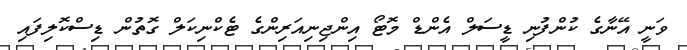
ވަނީ އޭނާގެ ކުންފުނި ޑީސަލް އެންޑް މޮޓޯ އިންޖިނިއަރިންގެ ޓެކްނިކަލް ގޮތުން ޑިސްކޮލިފައި